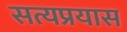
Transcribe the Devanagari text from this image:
सत्यप्रयास